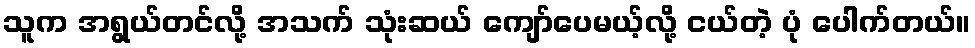
သူက အရွယ်တင်လို့ အသက် သုံးဆယ် ကျော်ပေမယ့်လို့ ငယ်တဲ့ ပုံ ပေါက်တယ်။